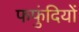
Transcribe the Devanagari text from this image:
फफुंदियों